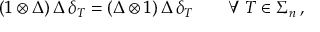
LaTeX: ( 1 \otimes \Delta ) \, \Delta \, \delta _ { T } = ( \Delta \otimes 1 ) \, \Delta \, \delta _ { T } \qquad \forall \, T \in \Sigma _ { n } \, ,